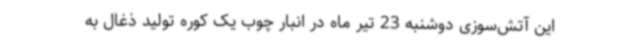
این آتش‌سوزی دوشنبه 23 تیر ماه در انبار چوب یک کوره تولید ذغال به